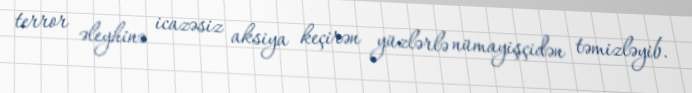
terror əleyhinə icazəsiz aksiya keçirən yüzlərlə nümayişçidən təmizləyib.